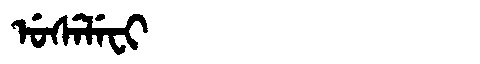
Manchu: ᡠᠰᡝᠯᡝᠸᡳ
Romanization: USELEFI